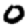
Digit: 0